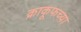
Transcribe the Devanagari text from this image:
क्राकूफच्या